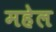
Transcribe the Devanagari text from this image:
महेल